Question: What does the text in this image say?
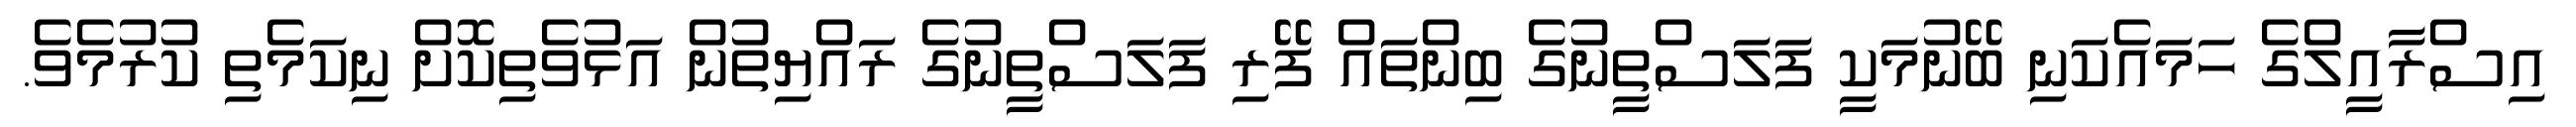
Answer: އިސްރާއީލްގެ ހަމައެކަނި ބޭނުމަކީ ފަލަސްތީނުގެ ބިންތައް ފޭރި ފަލަސްތީނުގެ ރައްޔިތުން އަޅުވެތިކޮށް ނިކަމެތި ކުރުމެވެ.